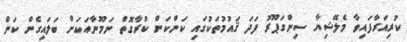
ކުރިއަރާފައިވާ މެލޭޝިޔާ ސިންގަޕޫރު ފަދަ ޤައުމުތަކުގައި ކަންކަން ކުރާގޮތް ނަމޫނާއަކަށް ބަލައިގެން ކަން